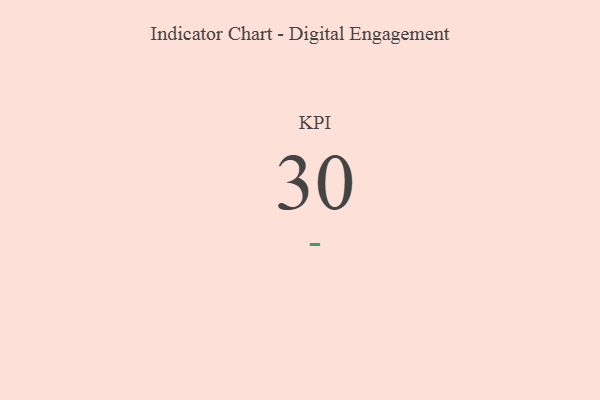
{"axis": {"x": "KPI", "y": "Value"}, "legend": [""], "data": [{"x": "KPI", "y": 30, "type": ""}]}